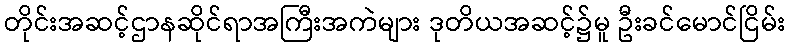
တိုင်းအဆင့်ဌာနဆိုင်ရာအကြီးအကဲများ ဒုတိယအဆင့်၌မူ ဦးခင်မောင်ငြိမ်း